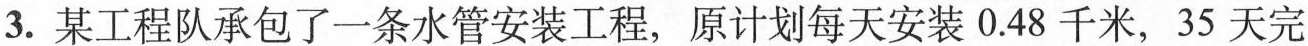
3.某工程队承包了一条水管安装工程，原计划每天安装0.48千米，35天完